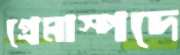
প্রেমাস্পদে